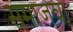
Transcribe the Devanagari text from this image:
समाजवा